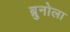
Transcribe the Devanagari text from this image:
ब्रुनोला